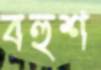
বহুশ